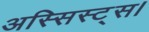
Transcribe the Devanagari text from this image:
अस्सिस्ट्स।